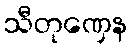
သီတုဏှေန